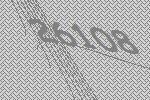
26108